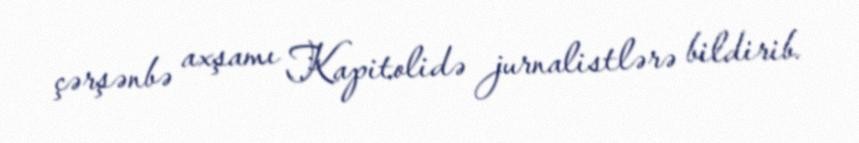
çərşənbə axşamı Kapitolidə jurnalistlərə bildirib.